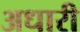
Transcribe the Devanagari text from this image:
अधारी